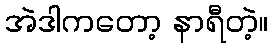
အဲဒါကတော့ နာရီတဲ့။